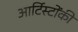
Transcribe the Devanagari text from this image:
आर्टिस्टोंकी